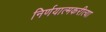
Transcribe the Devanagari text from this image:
निर्णयात्मकरीत्या